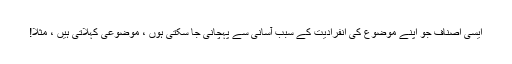
ایسی اصناف جو اپنے موضوع کی انفرادیت کے سبب آسانی سے پہچانی جا سکتی ہوں ، موضوعی کہلاتی ہیں ، مثلاً!